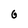
Character: G